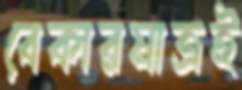
বেকারমাত্রই